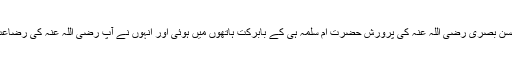
حضرت امام حسن بصری رضی اللہ عنہٗ کی پرورش حضرت امِ سلمہؓ ہی کے بابرکت ہاتھوں میں ہوئی اور انہوں نے آپ رضی اللہ عنہٗ کی رضاعت بھی فرمائی۔